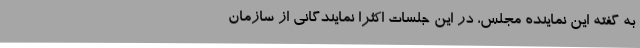
به گفته این نماینده مجلس، در این جلسات اکثرا نمایندگانی از سازمان